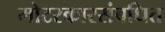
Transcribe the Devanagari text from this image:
मोटरकारसंबधित